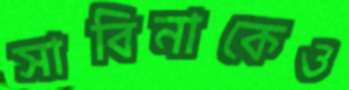
সাবিনাকেও